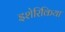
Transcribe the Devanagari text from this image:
इशेरिकिया